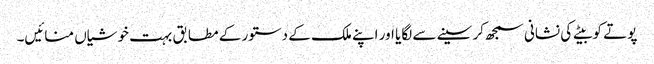
پوتے کو بیٹے کی نشانی سمجھ کر سینے سے لگایا اور اپنے ملک کے دستور کے مطابق بہت خوشیاں منائیں۔